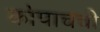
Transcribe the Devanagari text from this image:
कोपाचची